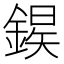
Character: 𫒱